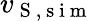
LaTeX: v_{\mathrm{~S~},\mathrm{~s~i~m~}}